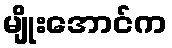
မျိုးအောင်က